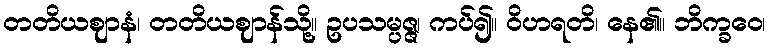
တတိယဈာနံ၊ တတိယဈာန်သို့။ ဥပသမ္ပဇ္ဇ၊ ကပ်၍။ ဝိဟရတိ၊ နေ၏။ ဘိက္ခဝေ၊